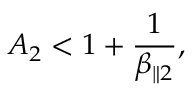
A _ { 2 } < 1 + \frac { 1 } { \beta _ { \parallel 2 } } ,